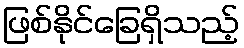
ဖြစ်နိုင်ခြေရှိသည့်